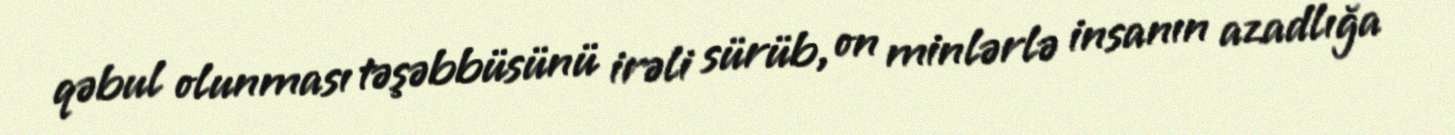
qəbul olunması təşəbbüsünü irəli sürüb, on minlərlə insanın azadlığa